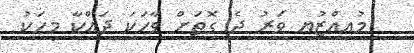
މުއިއްޒުޔ ވަރު ދެ ގޮތަށް ވާހަކަ ދައްކާ މީހަކު